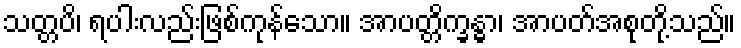
သတ္တပိ၊ ရပါးလည်းဖြစ်ကုန်သော။ အာပတ္တိက္ခန္ဓာ၊ အာပတ်အစုတို့သည်။